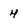
Character: 4